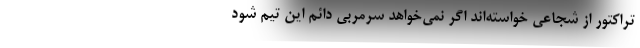
تراکتور از شجاعی خواسته‌اند اگر نمی‌خواهد سرمربی دائم این تیم شود